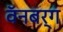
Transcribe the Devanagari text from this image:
वॅनबर्ग